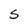
Character: S